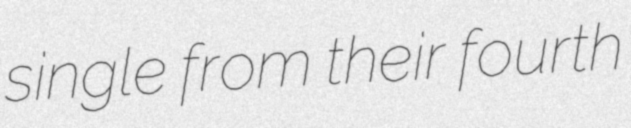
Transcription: single from their fourth